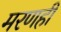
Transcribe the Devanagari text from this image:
मरणही